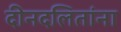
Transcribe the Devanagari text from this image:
दीनदलितांना